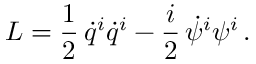
L = \frac { 1 } { 2 } \, \dot { q } ^ { i } \dot { q } ^ { i } - \frac { i } { 2 } \, \dot { \psi } ^ { i } \psi ^ { i } \, .